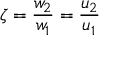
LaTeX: \zeta = \frac { w _ { 2 } } { w _ { 1 } } = \frac { u _ { 2 } } { u _ { 1 } }